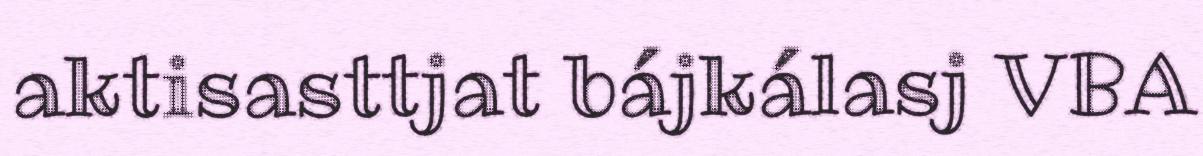
aktisasttjat bájkálasj VBA